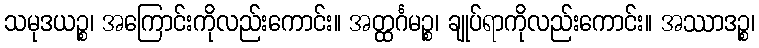
သမုဒယဉ္စ၊ အကြောင်းကိုလည်းကောင်း။ အတ္ထင်္ဂမဉ္စ၊ ချုပ်ရာကိုလည်းကောင်း။ အဿာဒဉ္စ၊